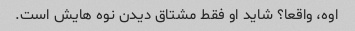
اوه، واقعا؟ شاید او فقط مشتاق دیدن نوه هایش است.